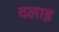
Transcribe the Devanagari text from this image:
दलाइ